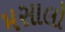
મસાલો